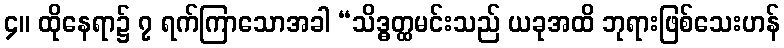
၄။ ထိုနေရာ၌ ၇ ရက်ကြာသောအခါ “သိဒ္ဓတ္ထမင်းသည် ယခုအထိ ဘုရားဖြစ်သေးဟန်